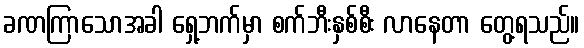
ခဏကြာသောအခါ ရှေ့ဘက်မှာ စက်ဘီးနှစ်စီး လာနေတာ တွေ့ရသည်။